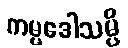
ကမ္မဒေါသမ္ပိ